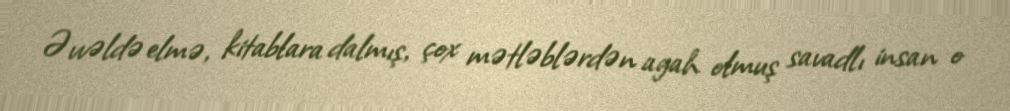
Əvvəldə elmə, kitablara dalmış, çox mətləblərdən agah olmuş savadlı insan o